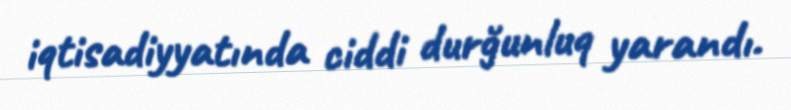
iqtisadiyyatında ciddi durğunluq yarandı.